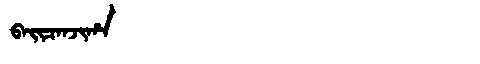
Manchu: ᠪᠠᡳᠴᠠᠨᠵᡳᡥᠠ
Romanization: BAICANJIHA